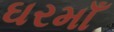
ઘરમાઁ